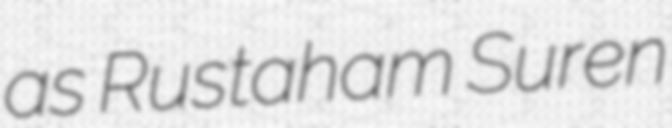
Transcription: as Rustaham Suren